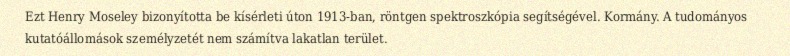
Ezt Henry Moseley bizonyította be kísérleti úton 1913-ban, röntgen spektroszkópia segítségével. Kormány. A tudományos kutatóállomások személyzetét nem számítva lakatlan terület.